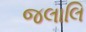
જલાલિ